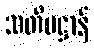
သတိပဋ္ဌာန်